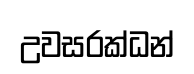
උවසරක්ධන්